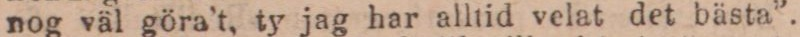
nog väl göra’t, ty jag har alltid velat det bästa”.